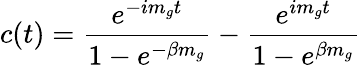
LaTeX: c(t)={\frac{e^{-im_{g}t}}{1-e^{-\beta m_{g}}}}-{\frac{e^{im_{g}t}}{1-e^{\beta m_{g}}}}